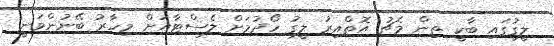
ލީގުގައި ބާކީ ތިން މެޗު އޮތްއިރު ލީގު ހޯދުމަށް ލެސްޓާއަށް މިހާރު ބޭނުންވަނީ